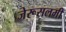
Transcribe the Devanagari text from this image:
जेरूसलमी